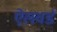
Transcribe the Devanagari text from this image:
ऐलवर्ड